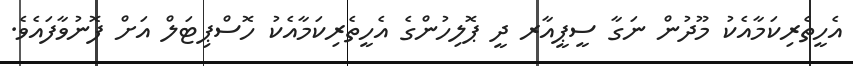
އެހީތެރިކަމާއެކު މޫދުން ނަގާ ސީޕީއާރ ދީ ޕޮލިހުންގެ އެހީތެރިކަމާއެކު ހޮސްޕިޓަލް އަށް ފޮނުވާފައެވެ.